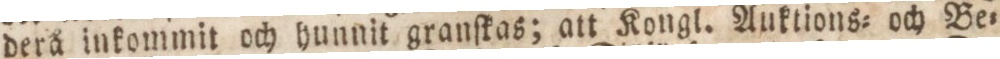
derå inkommit och hunnit granſkas; att Kongl. Auktions= och Be=